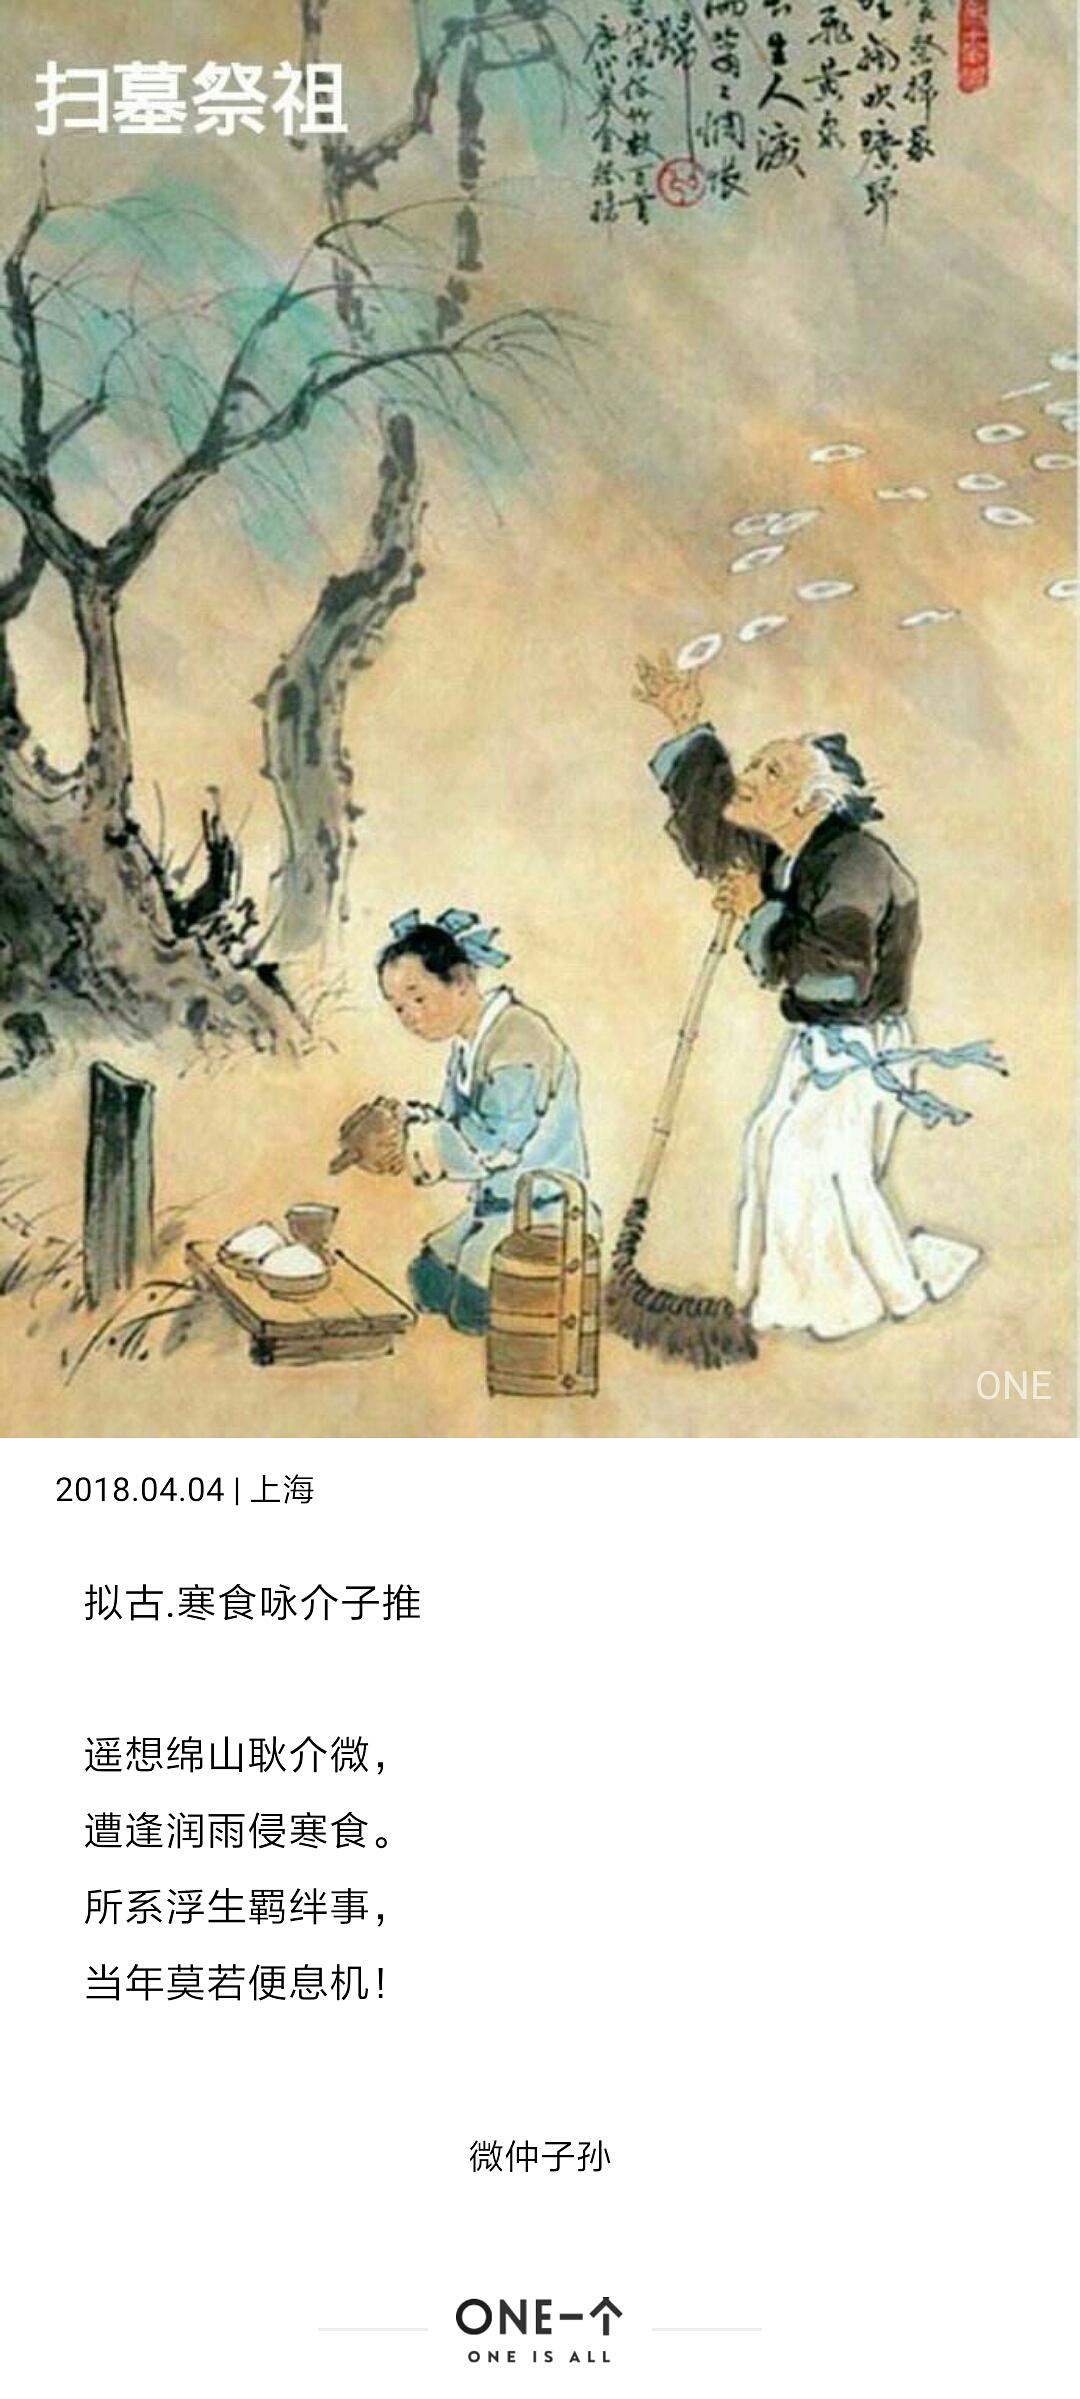
海角天涯，寒食清明，泪点絮花沾袖。